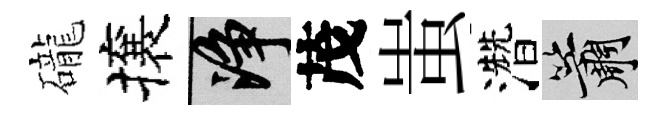
礲攘净茂蚩濳簫